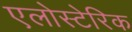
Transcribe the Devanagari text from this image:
एलोस्टेरिक